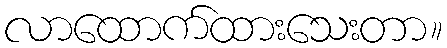
လာထောက်ထားသေးတာ။